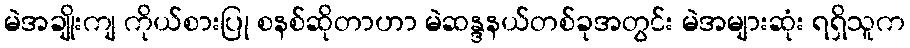
မဲအချိုးကျ ကိုယ်စားပြု စနစ်ဆိုတာဟာ မဲဆန္ဒနယ်တစ်ခုအတွင်း မဲအများဆုံး ရရှိသူက